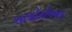
બાયોકોનના